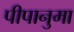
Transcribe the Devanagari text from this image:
पीपानुमा